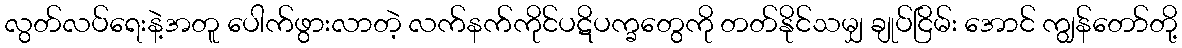
လွတ်လပ်ရေးနဲ့အတူ ပေါက်ဖွားလာတဲ့ လက်နက်ကိုင်ပဋိပက္ခတွေကို တတ်နိုင်သမျှ ချုပ်ငြိမ်း အောင် ကျွန်တော်တို့